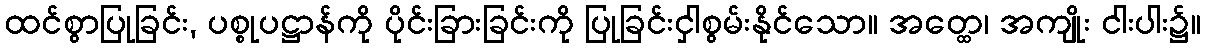
ထင်စွာပြုခြင်း, ပစ္စုပဋ္ဌာန်ကို ပိုင်းခြားခြင်းကို ပြုခြင်းငှါစွမ်းနိုင်သော။ အတ္ထေ၊ အကျိုး ငါးပါး၌။